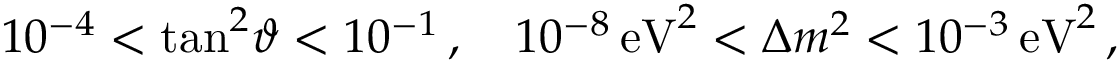
1 0 ^ { - 4 } < \tan ^ { 2 } \! \vartheta < 1 0 ^ { - 1 } \, , \quad 1 0 ^ { - 8 } \, \mathrm { e V } ^ { 2 } < \Delta { m } ^ { 2 } < 1 0 ^ { - 3 } \, \mathrm { e V } ^ { 2 } \, ,